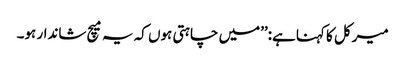
میرکل کا کہنا ہے:’’میں چاہتی ہوں کہ یہ میچ شاندار ہو۔